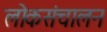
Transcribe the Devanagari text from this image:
लोकसंचालन